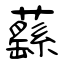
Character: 蘨